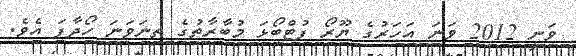
ވަނީ 2012 ވަނަ އަހަރުގެ ޔޫރޯ ފުޓްބޯޅަ މުބާރާތުގެ ތިނަވަނަ ހޯދާފަ އެވެ.